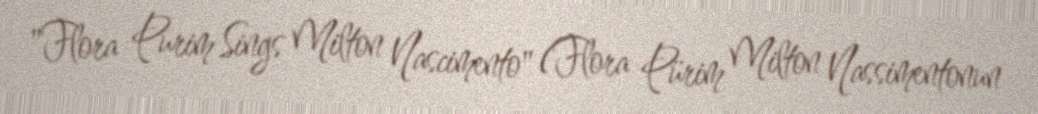
"Flora Purim Sings Milton Nascimento" (Flora Pürim Milton Nassimentonun